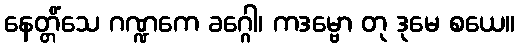
နေတ္တိံသေ ဂဏ္ဍကေ ခဂ္ဂေါ၊ ကဒမ္ဗော တု ဒုမေ စယေ။